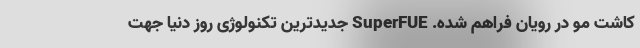
کاشت مو در رویان فراهم شده. SuperFUE جدیدترین تکنولوژی روز دنیا جهت